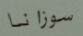
سوزانا